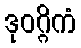
ဒုဝဂ္ဂိကံ